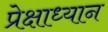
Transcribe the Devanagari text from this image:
प्रेक्षाध्यान